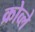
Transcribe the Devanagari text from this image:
क्रोव्ले